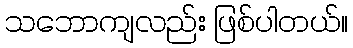
သဘောကျလည်း ဖြစ်ပါတယ်။